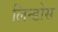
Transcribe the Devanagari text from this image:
लिन्डोस